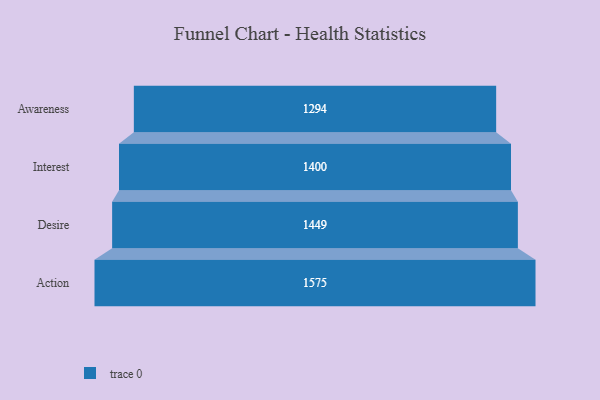
{"axis": {"x": "Stage", "y": "Value"}, "legend": [""], "data": [{"x": "Awareness", "y": 1294.0, "type": ""}, {"x": "Interest", "y": 1400.0, "type": ""}, {"x": "Desire", "y": 1449.0, "type": ""}, {"x": "Action", "y": 1575.0, "type": ""}]}